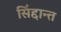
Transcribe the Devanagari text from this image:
सिंद्दान्त